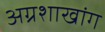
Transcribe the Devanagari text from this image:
अग्रशाखांग